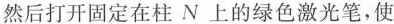
然后打开固定在柱N上的绿色激光笔，使